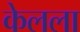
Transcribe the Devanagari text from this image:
केलला